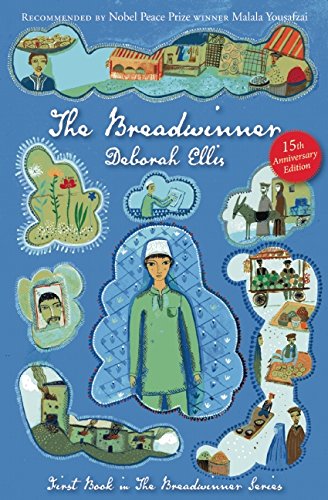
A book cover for The Breadwinner; Deborah Ellis; Children's Books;